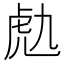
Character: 𧆟